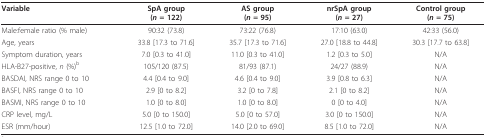
<table><thead><tr><td><b>Variable</b></td><td><b>SpA group(<i>n </i>= 122)</b></td><td><b>AS group(<i>n </i>= 95)</b></td><td><b>nrSpA group(<i>n </i>= 27)</b></td><td><b>Control group(<i>n </i>= 75)</b></td></tr></thead><tbody><tr><td>Male:female ratio (% male)</td><td>90:32 (73.8)</td><td>73:22 (76.8)</td><td>17:10 (63.0)</td><td>42:33 (56.0)</td></tr><tr><td>Age, years</td><td>33.8 [17.3 to 71.6]</td><td>35.7 [17.3 to 71.6]</td><td>27.0 [18.8 to 44.8]</td><td>30.3 [17.7 to 63.8]</td></tr><tr><td>Symptom duration, years</td><td>7.0 [0.3 to 41.0]</td><td>11.0 [0.3 to 41.0]</td><td>1.2 [0.3 to 5.0]</td><td>N/A</td></tr><tr><td>HLA-B27-positive, <i>n </i>(%)<sup>b</sup></td><td>105/120 (87.5)</td><td>81/93 (87.1)</td><td>24/27 (88.9)</td><td>N/A</td></tr><tr><td>BASDAI, NRS range 0 to 10</td><td>4.4 [0.4 to 9.0]</td><td>4.6 [0.4 to 9.0]</td><td>3.9 [0.8 to 6.3]</td><td>N/A</td></tr><tr><td>BASFI, NRS range 0 to 10</td><td>2.9 [0 to 8.2]</td><td>3.2 [0 to 7.8]</td><td>2.1 [0 to 8.2]</td><td>N/A</td></tr><tr><td>BASMI, NRS range 0 to 10</td><td>1.0 [0 to 8.0]</td><td>1.0 [0 to 8.0]</td><td>0 [0 to 4.0]</td><td>N/A</td></tr><tr><td>CRP level, mg/L</td><td>5.0 [0 to 150.0]</td><td>5.0 [0 to 57.0]</td><td>3.0 [0 to 150.0]</td><td>N/A</td></tr><tr><td>ESR (mm/hour)</td><td>12.5 [1.0 to 72.0]</td><td>14.0 [2.0 to 69.0]</td><td>8.5 [1.0 to 72.0]</td><td>N/A</td></tr></tbody></table>